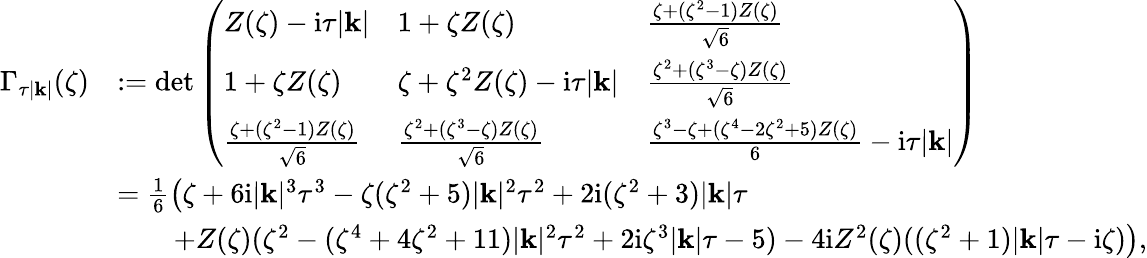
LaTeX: \begin{array}{rl}{\Gamma_{\tau|\mathbf{k}|}(\zeta)}&{:=\operatorname*{det}\left(\begin{array}{lll}{Z(\zeta)-\mathrm{i}\tau|\mathbf{k}|}&{1+\zeta Z(\zeta)}&{\frac{\zeta+(\zeta^{2}-1)Z(\zeta)}{\sqrt{6}}}\\ {1+\zeta Z(\zeta)}&{\zeta+\zeta^{2}Z(\zeta)-\mathrm{i}\tau|\mathbf{k}|}&{\frac{\zeta^{2}+(\zeta^{3}-\zeta)Z(\zeta)}{\sqrt{6}}}\\ {\frac{\zeta+(\zeta^{2}-1)Z(\zeta)}{\sqrt{6}}}&{\frac{\zeta^{2}+(\zeta^{3}-\zeta)Z(\zeta)}{\sqrt{6}}}&{\frac{\zeta^{3}-\zeta+(\zeta^{4}-2\zeta^{2}+5)Z(\zeta)}{6}-\mathrm{i}\tau|\mathbf{k}|}\end{array}\right)}\\ &{=\frac{1}{6}\left(\zeta+6\mathrm{i}|\mathbf{k}|^{3}\tau^{3}-\zeta(\zeta^{2}+5)|\mathbf{k}|^{2}\tau^{2}+2\mathrm{i}(\zeta^{2}+3)|\mathbf{k}|\tau\right.}\\ &{\qquad\left.+Z(\zeta)(\zeta^{2}-(\zeta^{4}+4\zeta^{2}+11)|\mathbf{k}|^{2}\tau^{2}+2\mathrm{i}\zeta^{3}|\mathbf{k}|\tau-5)-4\mathrm{i}Z^{2}(\zeta)((\zeta^{2}+1)|\mathbf{k}|\tau-\mathrm{i}\zeta)\right),}\end{array}